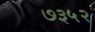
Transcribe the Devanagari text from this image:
७३५२